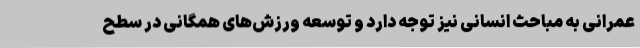
عمرانی به مباحث انسانی نیز توجه دارد و توسعه ورزش‌های همگانی در سطح